Annual administration and progress report of the Indian Medical Department, Bombay
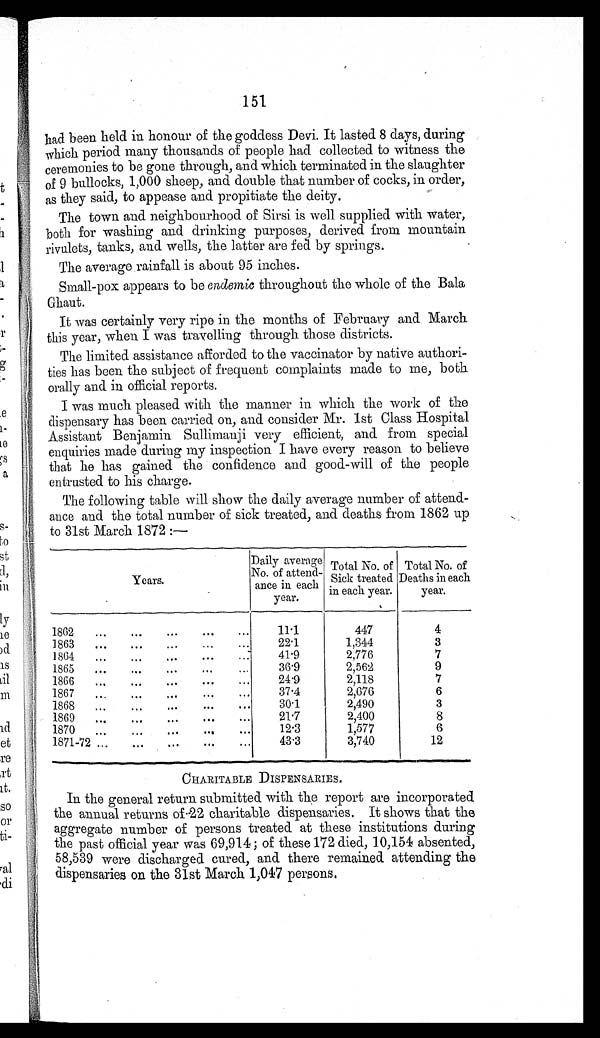
151
had been held in honour of the goddess Devi. It lasted 8 days, during
which period many thousands of people had collected to witness the
ceremonies to be gone through, and which terminated in the slaughter
of 9 bullocks, 1,000 sheep, and double that number of cocks, in order,
as they said, to appease and propitiate the deity.
The town and neighbourhood of Sirsi is well supplied with water,
both for washing and drinking purposes, derived from mountain
rivulets, tanks, and wells, the latter are fed by springs.
The average rainfall is about 95 inches.
Small-pox appears to be endemic throughout the whole of the Bala
Ghaut.
It was certainly very ripe in the months of February and March
this year, when I was travelling through those districts.
The limited assistance afforded to the vaccinator by native authori-
ties has been the subject of frequent complaints made to me, both
orally and in official reports.
I was much pleased with the manner in which the work of the
dispensary has been carried on, and consider Mr. 1st Class Hospital
Assistant Benjamin Sullimanji very efficient, and from special
enquiries made during my inspection I have every reason to believe
that he has gained the confidence and good-will of the people
entrusted to his charge.
The following table will show the daily average number of attend-
ance and the total number of sick treated, and deaths from 1862 up
to 31st March 1872 :—
Y e a r s .
Daily average
No. of attend-ance in each
year.
Total No. of
Sick treated
in each year.
Total No. of
Deaths in each
year.
1862 ...
...
...
...
...
11.1
447
4
1863 ... ...
...
...
...
22.1
1,344
3
1864 ... ... ..
. ... ...
41.9
2,776
7
1865 ...
...
...
...
...
36.9
2,562
9
1866 ...
...
...
. . . . . .
24.9
2,118
7
1867 ... ... ... ... ...
37.4
2,676
6
1868 ... ... ... ... ...
30.1
2,490
3
1869 ... ... ... ... ...
21.7
2,400
8
1870 ... ... ... ... ...
12.3
1,577
6
1871-72 ...
...
...
... ...
43.3
3,740
12
CHARITABLE DISPENSARIES.
In the general return submitted with the report are incorporated
the annual returns of 22 charitable dispensaries. It shows that the
aggregate number of persons treated at these institutions during
the past official year was 69,914 ; of these 172 died, 10,154 absented,
58,539 were discharged cured, and there remained attending the
dispensaries on the 31st March 1,047 persons.